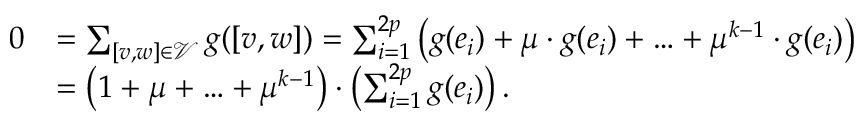
\begin{array} { r l } { 0 } & { = \sum _ { [ v , w ] \in \mathcal { V } } g ( [ v , w ] ) = \sum _ { i = 1 } ^ { 2 p } \left( g ( e _ { i } ) + \mu \cdot g ( e _ { i } ) + \ldots + \mu ^ { k - 1 } \cdot g ( e _ { i } ) \right) } \\ & { = \left( 1 + \mu + \ldots + \mu ^ { k - 1 } \right) \cdot \left( \sum _ { i = 1 } ^ { 2 p } g ( e _ { i } ) \right) . } \end{array}